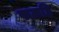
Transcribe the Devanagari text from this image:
फळहि